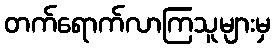
တက်ရောက်လာကြသူများမှ